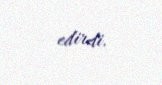
edirdi.